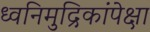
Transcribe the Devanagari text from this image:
ध्वनिमुद्रिकांपेक्षा